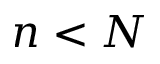
n < N